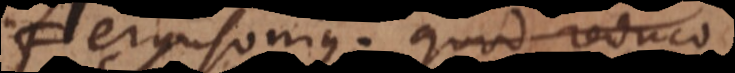
Fergusonius. Quod reduco